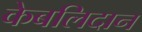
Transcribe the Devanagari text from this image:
केबलिदान